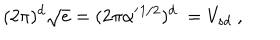
( 2 \pi ) ^ { d } \sqrt { e } = ( 2 \pi \alpha ^ { \prime } { } ^ { 1 / 2 } ) ^ { d } \ = V _ { s d } \ ,